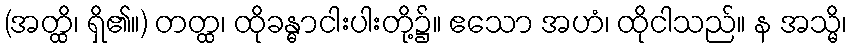
(အတ္ထိ၊ ရှိ၏။) တတ္ထ၊ ထိုခန္ဓာငါးပါးတို့၌။ ဧသော အဟံ၊ ထိုငါသည်။ န အသ္မိ၊